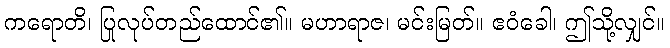
ကရောတိ၊ ပြုလုပ်တည်ထောင်၏။ မဟာရာဇ၊ မင်းမြတ်။ ဧဝံခေါ၊ ဤသို့လျှင်။